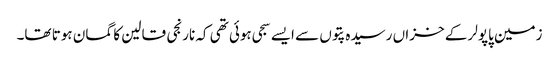
زمین پاپولر کے خزاں رسیدہ پتوں سے ایسے سجی ہوئی تھی کہ نارنجی قالین کا گمان ہوتا تھا۔